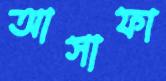
আসাফা